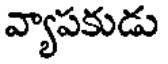
వ్యాపకుడు